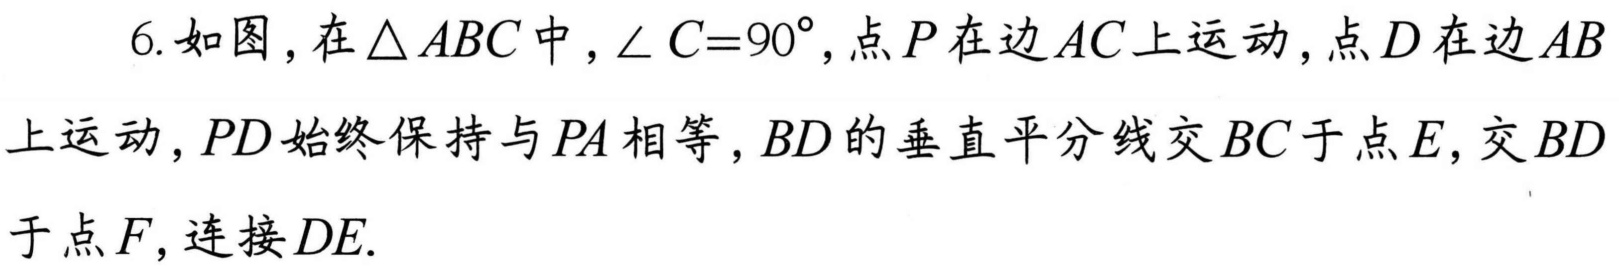
6. 如图，在\(\triangle ABC\)中，\(\angle C = 90^{\circ}\)，点\(P\)在边\(AC\)上运动，点\(D\)在边\(AB\)上运动，\(PD\)始终保持与\(PA\)相等，\(BD\)的垂直平分线交\(BC\)于点\(E\)，交\(BD\)于点\(F\)，连接\(DE\).